Vaccination in Bombay 1902-1912 - 1902-1912
Year: 1902
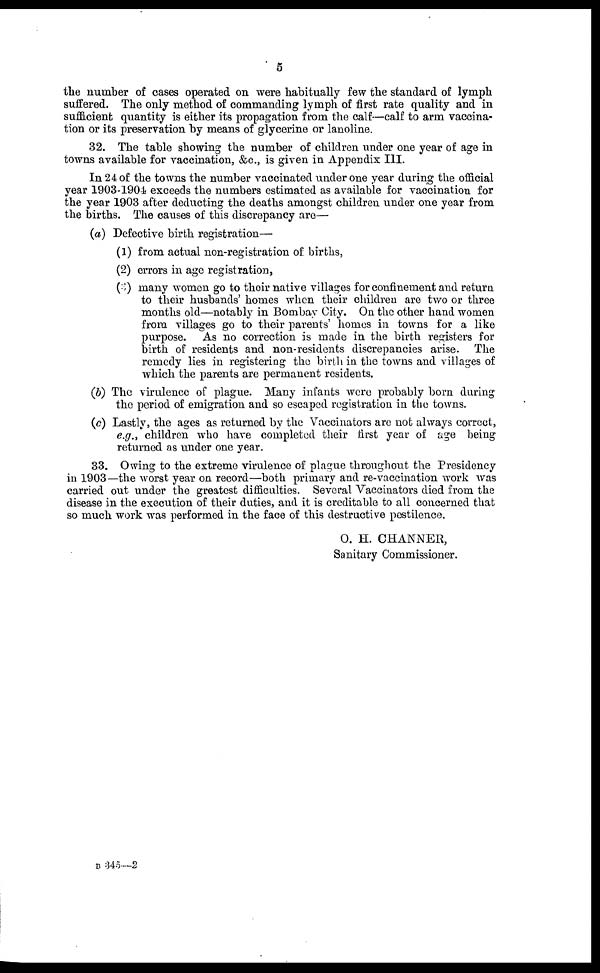
5
the number of cases operated on were habitually few the standard of lymph
suffered. The only method of commanding lymph of first rate quality and in
sufficient quantity is either its propagation from the calf—calf to arm vaccina-
tion or its preservation by means of glycerine or lanoline.
32. The table showing the number of children under one year of age in
towns available for vaccination, &c., is given in Appendix III.
In 24 of the towns the number vaccinated under one year during the official
year 1903-1904 exceeds the numbers estimated as available for vaccination for
the year 1903 after deducting the deaths amongst children under one year from
the births. The causes of this discrepancy are—
(a) Defective birth registration—
(1) from actual non-registration of births,
(2) errors in age registration,
(3) many women go to their native villages for confinement and return
to their husbands' homes when their children are two or three
months old—notably in Bombay City. On the other hand women
from villages go to their parents' homes in towns for a like
purpose. As no correction is made in the birth registers for
birth of residents and non-residents discrepancies arise. The
remedy lies in registering the birth in the towns and villages of
which the parents are permanent residents.
(b) The virulence of plague. Many infants were probably born during
the period of emigration and so escaped registration in the towns.
(c) Lastly, the ages as returned by the Vaccinators are not always correct,
e.g., children who have completed their first year of age being
returned as under one year.
33. Owing to the extreme virulence of plague throughout the Presidency
in 1903—the worst year on record—both primary and re-vaccination work was
carried out under the greatest difficulties. Several Vaccinators died from the
disease in the execution of their duties, and it is creditable to all concerned that
so much work was performed in the face of this destructive pestilence.
O. H. CHANNER,
Sanitary Commissioner.
B 345—2